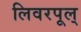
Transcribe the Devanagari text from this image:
लिवरपूल्